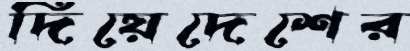
দিয়েদেশের